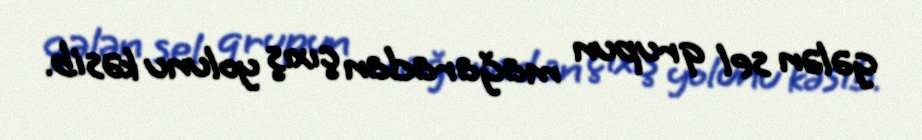
gələn sel qrupun mağaradan çıxış yolunu kəsib.